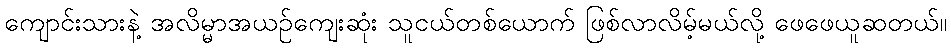
ကျောင်းသားနဲ့ အလိမ္မာအယဉ်ကျေးဆုံး သူငယ်တစ်ယောက် ဖြစ်လာလိမ့်မယ်လို့ ဖေဖေယူဆတယ်။